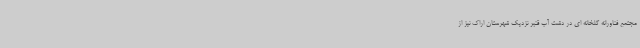
مجتمع فناورانه گلخانه ای در دشت آب قنبر نزدیک شهرستان اراک نیز از